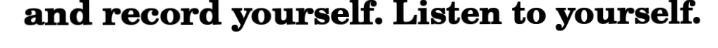
and record yourself. Listen to yourself.